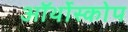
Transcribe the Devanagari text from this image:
ऑर्थोस्कोप